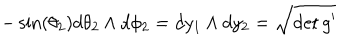
LaTeX: - \sin ( \theta _ { 2 } ) d \theta _ { 2 } \wedge d \phi _ { 2 } = d y _ { 1 } \wedge d y _ { 2 } = \sqrt { \det g ^ { \prime } }